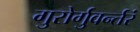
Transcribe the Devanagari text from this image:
गुरोर्गुवर्न्तरं